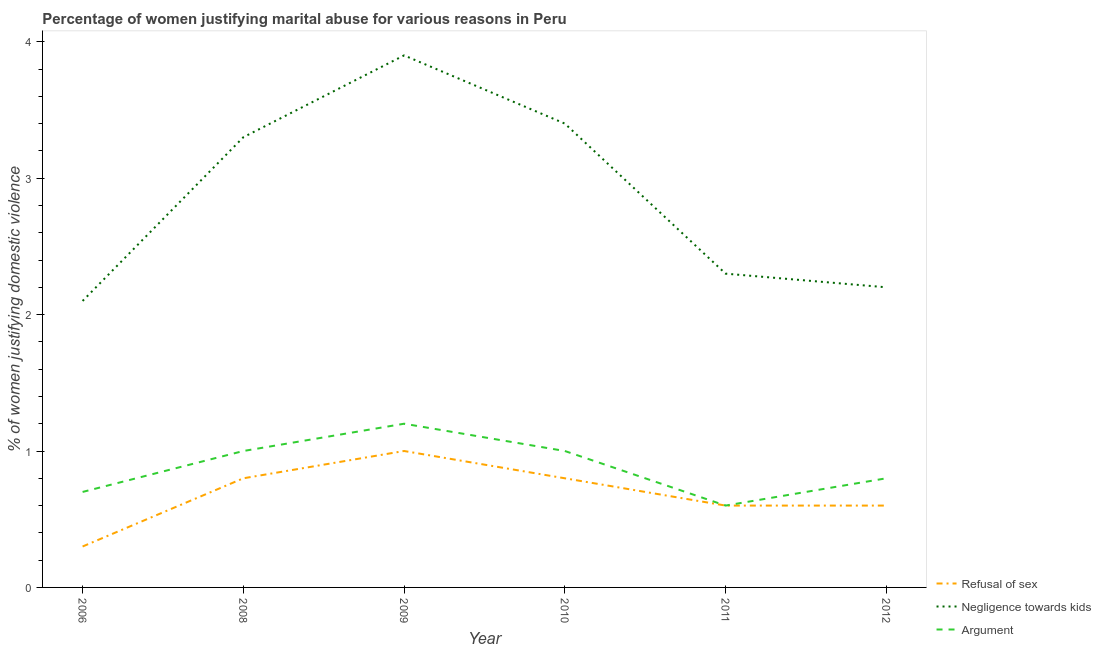
| Year | Refusal of sex | Negligence towards kids | Argument |
 | --- | --- | --- | --- |
 | 2006 | 0.3 | 2.1 | 0.7 |
 | 2008 | 0.8 | 3.3 | 1 |
 | 2009 | 1 | 3.9 | 1.2 |
 | 2010 | 0.8 | 3.4 | 1 |
 | 2011 | 0.6 | 2.3 | 0.6 |
 | 2012 | 0.6 | 2.2 | 0.8 |